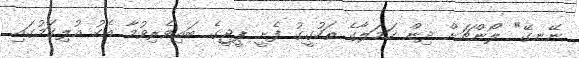
ނޭނގޭ" ލޯންޗަށް ދިން ހަމަލާގެ ތަހުގީގު ފެށީ ޕީޖީގެ ބައިވެރިވުމާ އެކު އުލިގަމުގައި